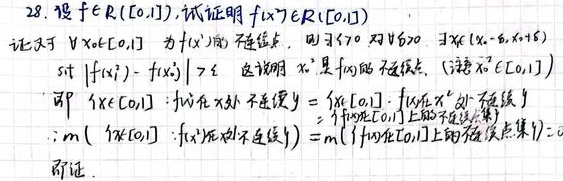
28. 设$f\in R([0,1])$, 试证明$\{x|f(x)\notin R([0,1])\}$
证：对于 $\forall x_0\in[0,1]$ 为 $f(x)$ 的不连续点，则 $\exists\varepsilon_0>0$ 对 $\forall\delta>0$, $\exists x_1,x_2\in(x_0 - \delta,x_0+\delta)$
s.t. $|f(x_1)-f(x_2)|>\varepsilon_0$. 这说明 $x_0$ 是 $f(x)$ 的不连续点. (注意 $x_0\in[0,1]$)
即 $\{x\in[0,1]:f(x)\text{在}x\text{处不连续}\}=\{x\in[0,1]:f(x)\text{在}x\text{处不连续}\}$
$\therefore m(\{x\in[0,1]:f(x)\text{在}x\text{处不连续}\}) = m(\{f\text{在}[0,1]\text{上的不连续点集}\}) = 0$
即证.